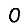
Digit: 0